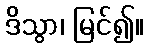
ဒိသွာ၊ မြင်၍။